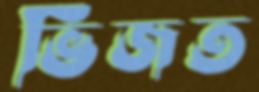
ভিজত